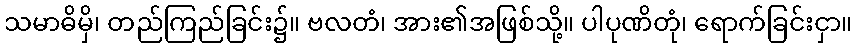
သမာဓိမှိ၊ တည်ကြည်ခြင်း၌။ ဗလတံ၊ အား၏အဖြစ်သို့။ ပါပုဏိတုံ၊ ရောက်ခြင်းငှာ။